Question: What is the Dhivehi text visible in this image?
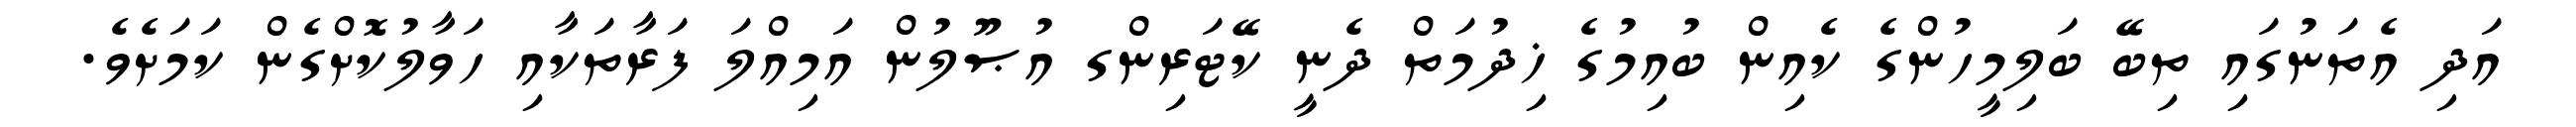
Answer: އަދި އެތަނުގައި ތިބޭ ބަލިމީހުންގެ ކެއިން ބުއިމުގެ ޚިދުމަތް ދެނީ ކޭޓަރިންގ އުޞޫލުން އަމިއްލަ ފަރާތަކާއި ހަވާލުކޮށްގެން ކަމަށެވެ.